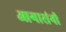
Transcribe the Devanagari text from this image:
आगारांनी